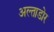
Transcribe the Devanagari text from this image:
अल्ताडोर